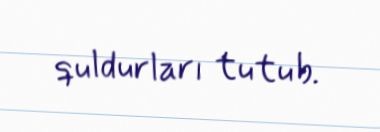
quldurları tutub.